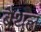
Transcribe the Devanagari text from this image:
बैथल